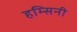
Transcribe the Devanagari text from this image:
हम्सिनी